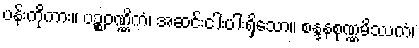
ပန်းကိုကား။ ပဉ္စဝဏ္ဏိကံ၊ အဆင်းငါးပါးရှိသော။ စန္ဒနစုဏ္ဏမိဿကံ၊